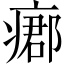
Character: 𤹓